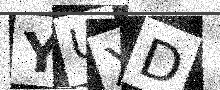
Text: YUXD